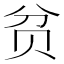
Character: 贫